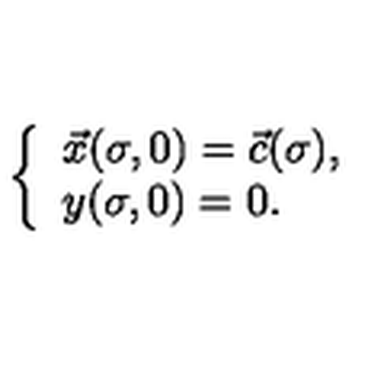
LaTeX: \left\{ \begin{array} { l } { \vec { x } ( \sigma , 0 ) = \vec { c } ( \sigma ) , } \\ { y ( \sigma , 0 ) = 0 . } \\ \end{array} \right.